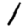
Digit: 1